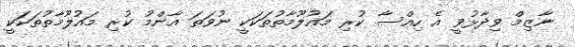
ނާޒިމް ވިދާޅުވީ އެ ހިއްސާ ކުރި މައުލޫމާތުތަކަކީ ނުވަތަ އާންމު ކުރި މައުލޫމާތުތަކަކީ